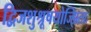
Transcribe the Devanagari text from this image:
द्विजशुश्रूषयोज्झिताः